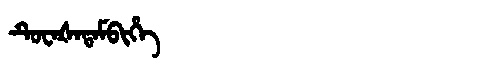
Manchu: ᡨᡠᠸᠠᡧᠠᡨᠠᠮᠪᡳᡥᡝ
Romanization: TUWAŠATAMBIHE